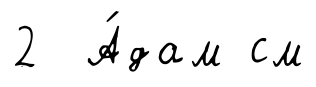
2 А́дам см